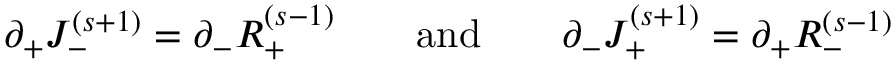
\partial _ { + } J _ { - } ^ { ( s + 1 ) } = \partial _ { - } R _ { + } ^ { ( s - 1 ) } \qquad \mathrm { { a n d } } \qquad \partial _ { - } J _ { + } ^ { ( s + 1 ) } = \partial _ { + } R _ { - } ^ { ( s - 1 ) }